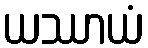
ယဿာယံ